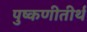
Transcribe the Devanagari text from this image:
पुष्कणीतीर्थ